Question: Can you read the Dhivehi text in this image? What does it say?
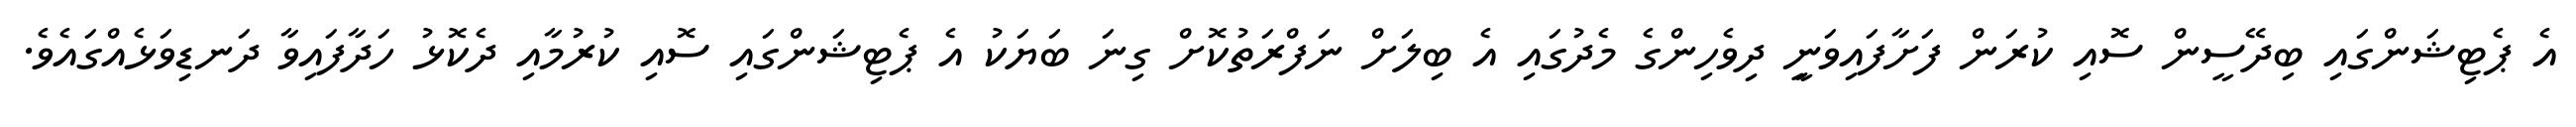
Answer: އެ ޕެޓިޝަންގައި ބިދޭސީން ސޮއި ކުރަން ފަށާފައިވަނިީ ދިވެހިންގެ މެދުގައި އެ ބިލަށް ނަފްރަތުކޮށް ގިނަ ބަޔަކު އެ ޕެޓިޝަންގައި ސޮއި ކުރުމާއި ދެކޮޅު ހަދާފައިވާ ދަނޑިވަޅެއްގައެވެ.